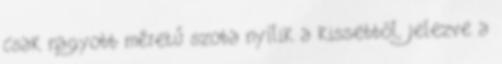
csak nagyobb méretű szoba nyílik a kissebből, jelezve a